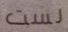
لست